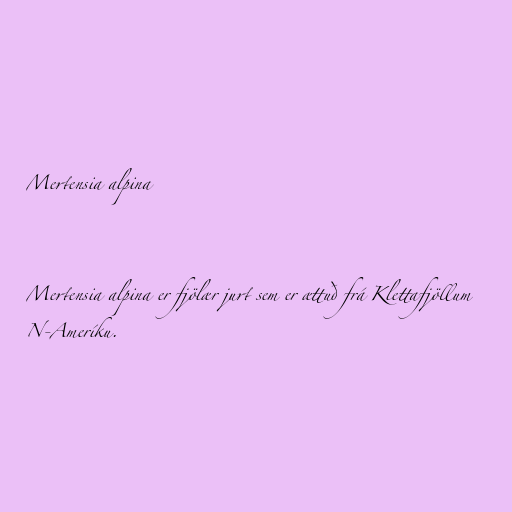
Mertensia alpina

Mertensia alpina er fjölær jurt sem er ættuð frá Klettafjöllum
N-Ameríku.